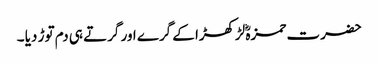
حضرت حمزہؓ لڑکھڑا کے گرے اور گرتے ہی دم توڑ دیا ۔